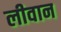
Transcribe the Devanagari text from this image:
लीवान